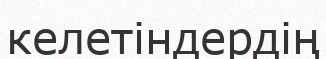
келетіндердің